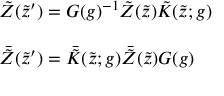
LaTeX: \begin{array} { l } { { \tilde { Z } ( \tilde { z } ^ { \prime } ) = G ( g ) ^ { - 1 } \tilde { Z } ( \tilde { z } ) \tilde { K } ( \tilde { z } ; g ) ~ ~ ~ } } \\ { { { } } } \\ { { \bar { \tilde { Z } } ( \tilde { z } ^ { \prime } ) = \bar { \tilde { K } } ( \tilde { z } ; g ) \bar { \tilde { Z } } ( \tilde { z } ) G ( g ) } } \end{array}